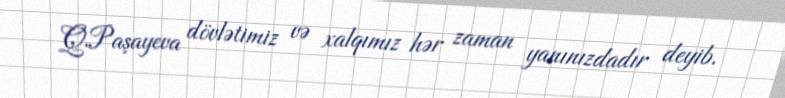
Q.Paşayeva dövlətimiz və xalqımız hər zaman yanınızdadır deyib.